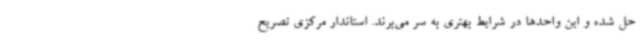
حل شده و این واحدها در شرایط بهتری به سر می‌برند. استاندار مرکزی تصریح